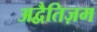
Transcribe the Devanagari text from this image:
अद्वैतिज़म